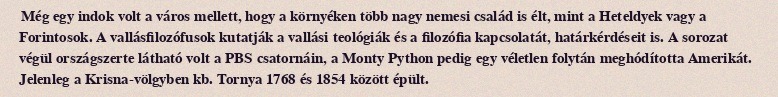
Még egy indok volt a város mellett, hogy a környéken több nagy nemesi család is élt, mint a Heteldyek vagy a Forintosok. A vallásfilozófusok kutatják a vallási teológiák és a filozófia kapcsolatát, határkérdéseit is. A sorozat végül országszerte látható volt a PBS csatornáin, a Monty Python pedig egy véletlen folytán meghódította Amerikát. Jelenleg a Krisna-völgyben kb. Tornya 1768 és 1854 között épült.